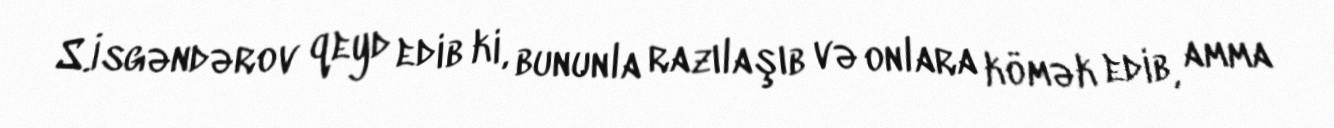
S.İsgəndərov qeyd edib ki, bununla razılaşıb və onlara kömək edib, amma